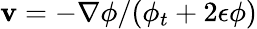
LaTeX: \mathbf{v}=-\nabla\phi/(\phi_{t}+2\epsilon\phi)